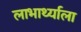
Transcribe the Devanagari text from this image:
लाभार्थ्याला